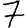
Digit: 7